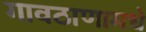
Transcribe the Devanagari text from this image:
गावठाणामधे